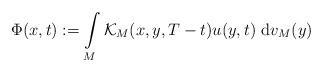
LaTeX: \begin{align*}\Phi(x,t):= \int \limits_{M}\mathcal{K}_M(x,y,T-t)u(y,t)~{\rm d}v_{M}(y)\end{align*}